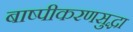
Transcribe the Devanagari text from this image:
बाष्पीकरणसुद्धा